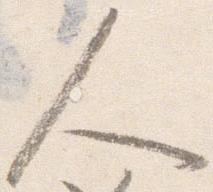
人